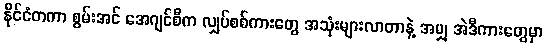
နိုင်ငံတကာ စွမ်းအင် အေဂျင်စီက လျှပ်စစ်ကားတွေ အသုံးများလာတာနဲ့ အမျှ အဲဒီကားတွေမှာ